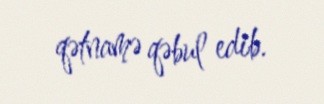
qətnamə qəbul edib.